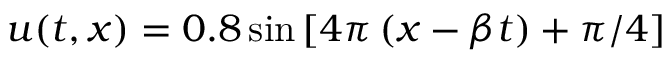
u ( t , x ) = 0 . 8 \sin \left[ { 4 \pi \left( { x - \beta t } \right) + \pi / 4 } \right]